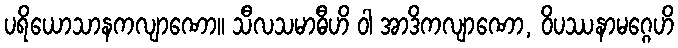
ပရိယောသာနကလျာဏော။ သီလသမာဓီဟိ ဝါ အာဒိကလျာဏော, ဝိပဿနာမဂ္ဂေဟိ